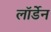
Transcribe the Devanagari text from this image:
लॉर्डेन